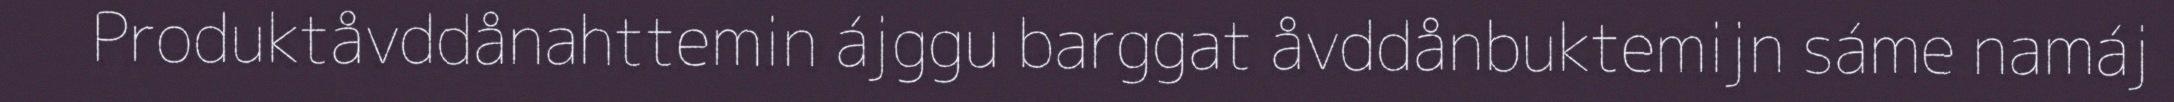
Produktåvddånahttemin ájggu barggat åvddånbuktemijn sáme namáj